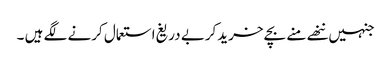
جنہیں ننھے منے بچے خریدکربے دریغ استعمال کرنے لگے ہیں ۔